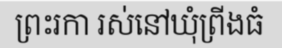
ព្រះរកា រស់នៅឃុំព្រីងធំ